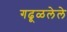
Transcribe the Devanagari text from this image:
गढूळलेले